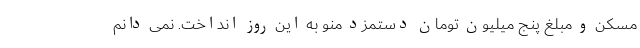
مسکن و مبلغ پنج میلیون تومان دستمزد منو به این روز انداخت. نمی دانم